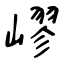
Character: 嵺